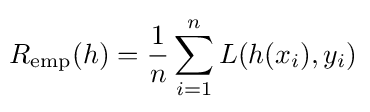
\!R_{\text{emp}}(h)={\frac {1}{n}}\sum _{i=1}^{n}L(h(x_{i}),y_{i})